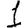
Digit: 1